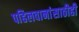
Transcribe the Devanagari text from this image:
पहिलवानांसाठीही